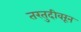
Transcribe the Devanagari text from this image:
तरतुदीवरून